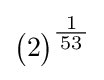
{\bigl (}2{\bigr )}^{\tfrac {\ 1\ }{53}}